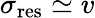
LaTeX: \sigma_{\mathrm{res}}\simeq v